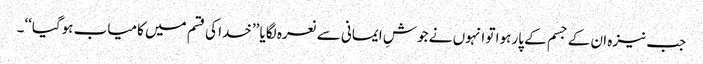
جب نیزہ ان کے جسم کے پار ہوا تو انہوں نے جوشِ ایمانی سے نعرہ لگایا ’’خدا کی قسم میں کامیاب ہوگیا‘‘۔